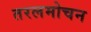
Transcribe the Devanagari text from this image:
तरलमोचन